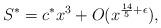
LaTeX: \begin{align*}S^{*}=c^{*}x^{3}+O(x^{\frac{14}{5}+\epsilon}), \end{align*}